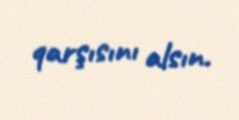
qarşısını alsın.